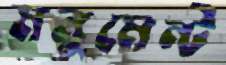
মনুমেন্ট